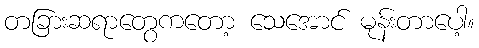
တခြားဆရာတွေကတော့ သေအောင် မုန်းတာပေါ့။